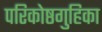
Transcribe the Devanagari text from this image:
परिकोष्ठगुहिका